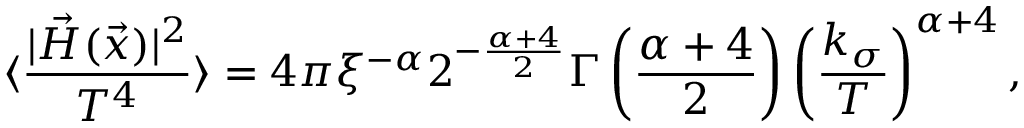
\langle \frac { | \vec { H } ( \vec { x } ) | ^ { 2 } } { T ^ { 4 } } \rangle = 4 \pi \xi ^ { - \alpha } 2 ^ { - \frac { \alpha + 4 } { 2 } } \Gamma \left( \frac { \alpha + 4 } { 2 } \right) \left( \frac { k _ { \sigma } } { T } \right) ^ { \alpha + 4 } ,